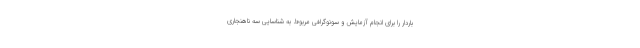
باردار را برای انجام آزمایش و سونوگرافی مربوط به شناسایی سه ناهنجاری